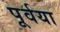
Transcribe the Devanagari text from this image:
पूर्वया